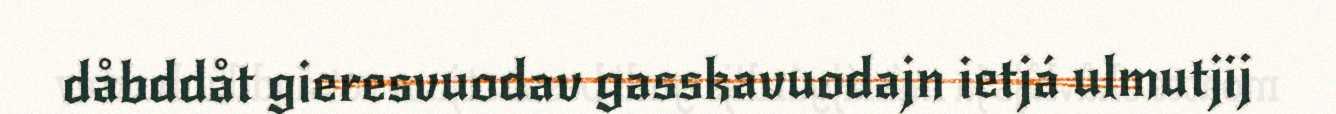
dåbddåt gieresvuodav gasskavuodajn ietjá ulmutjij